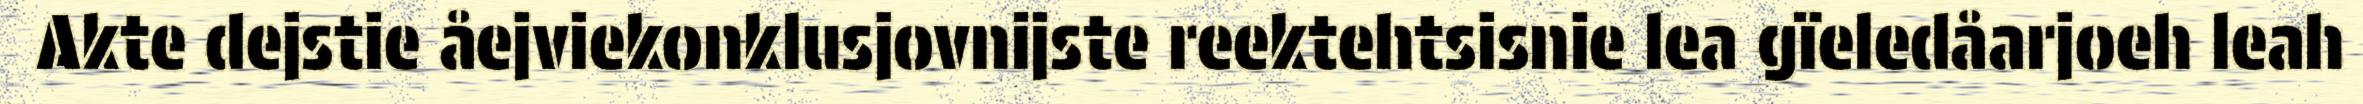
Akte dejstie åejviekonklusjovnijste reektehtsisnie lea gïeledåarjoeh leah